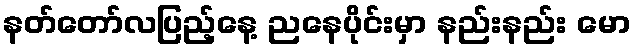
နတ်တော်လပြည့်နေ့ ညနေပိုင်းမှာ နည်းနည်း မော